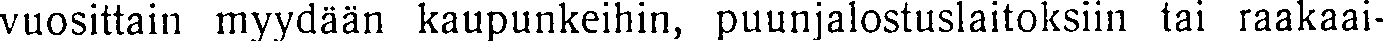
vuosittain myydään kaupunkeihin, puunjalostuslaitoksiin tai raakaai-